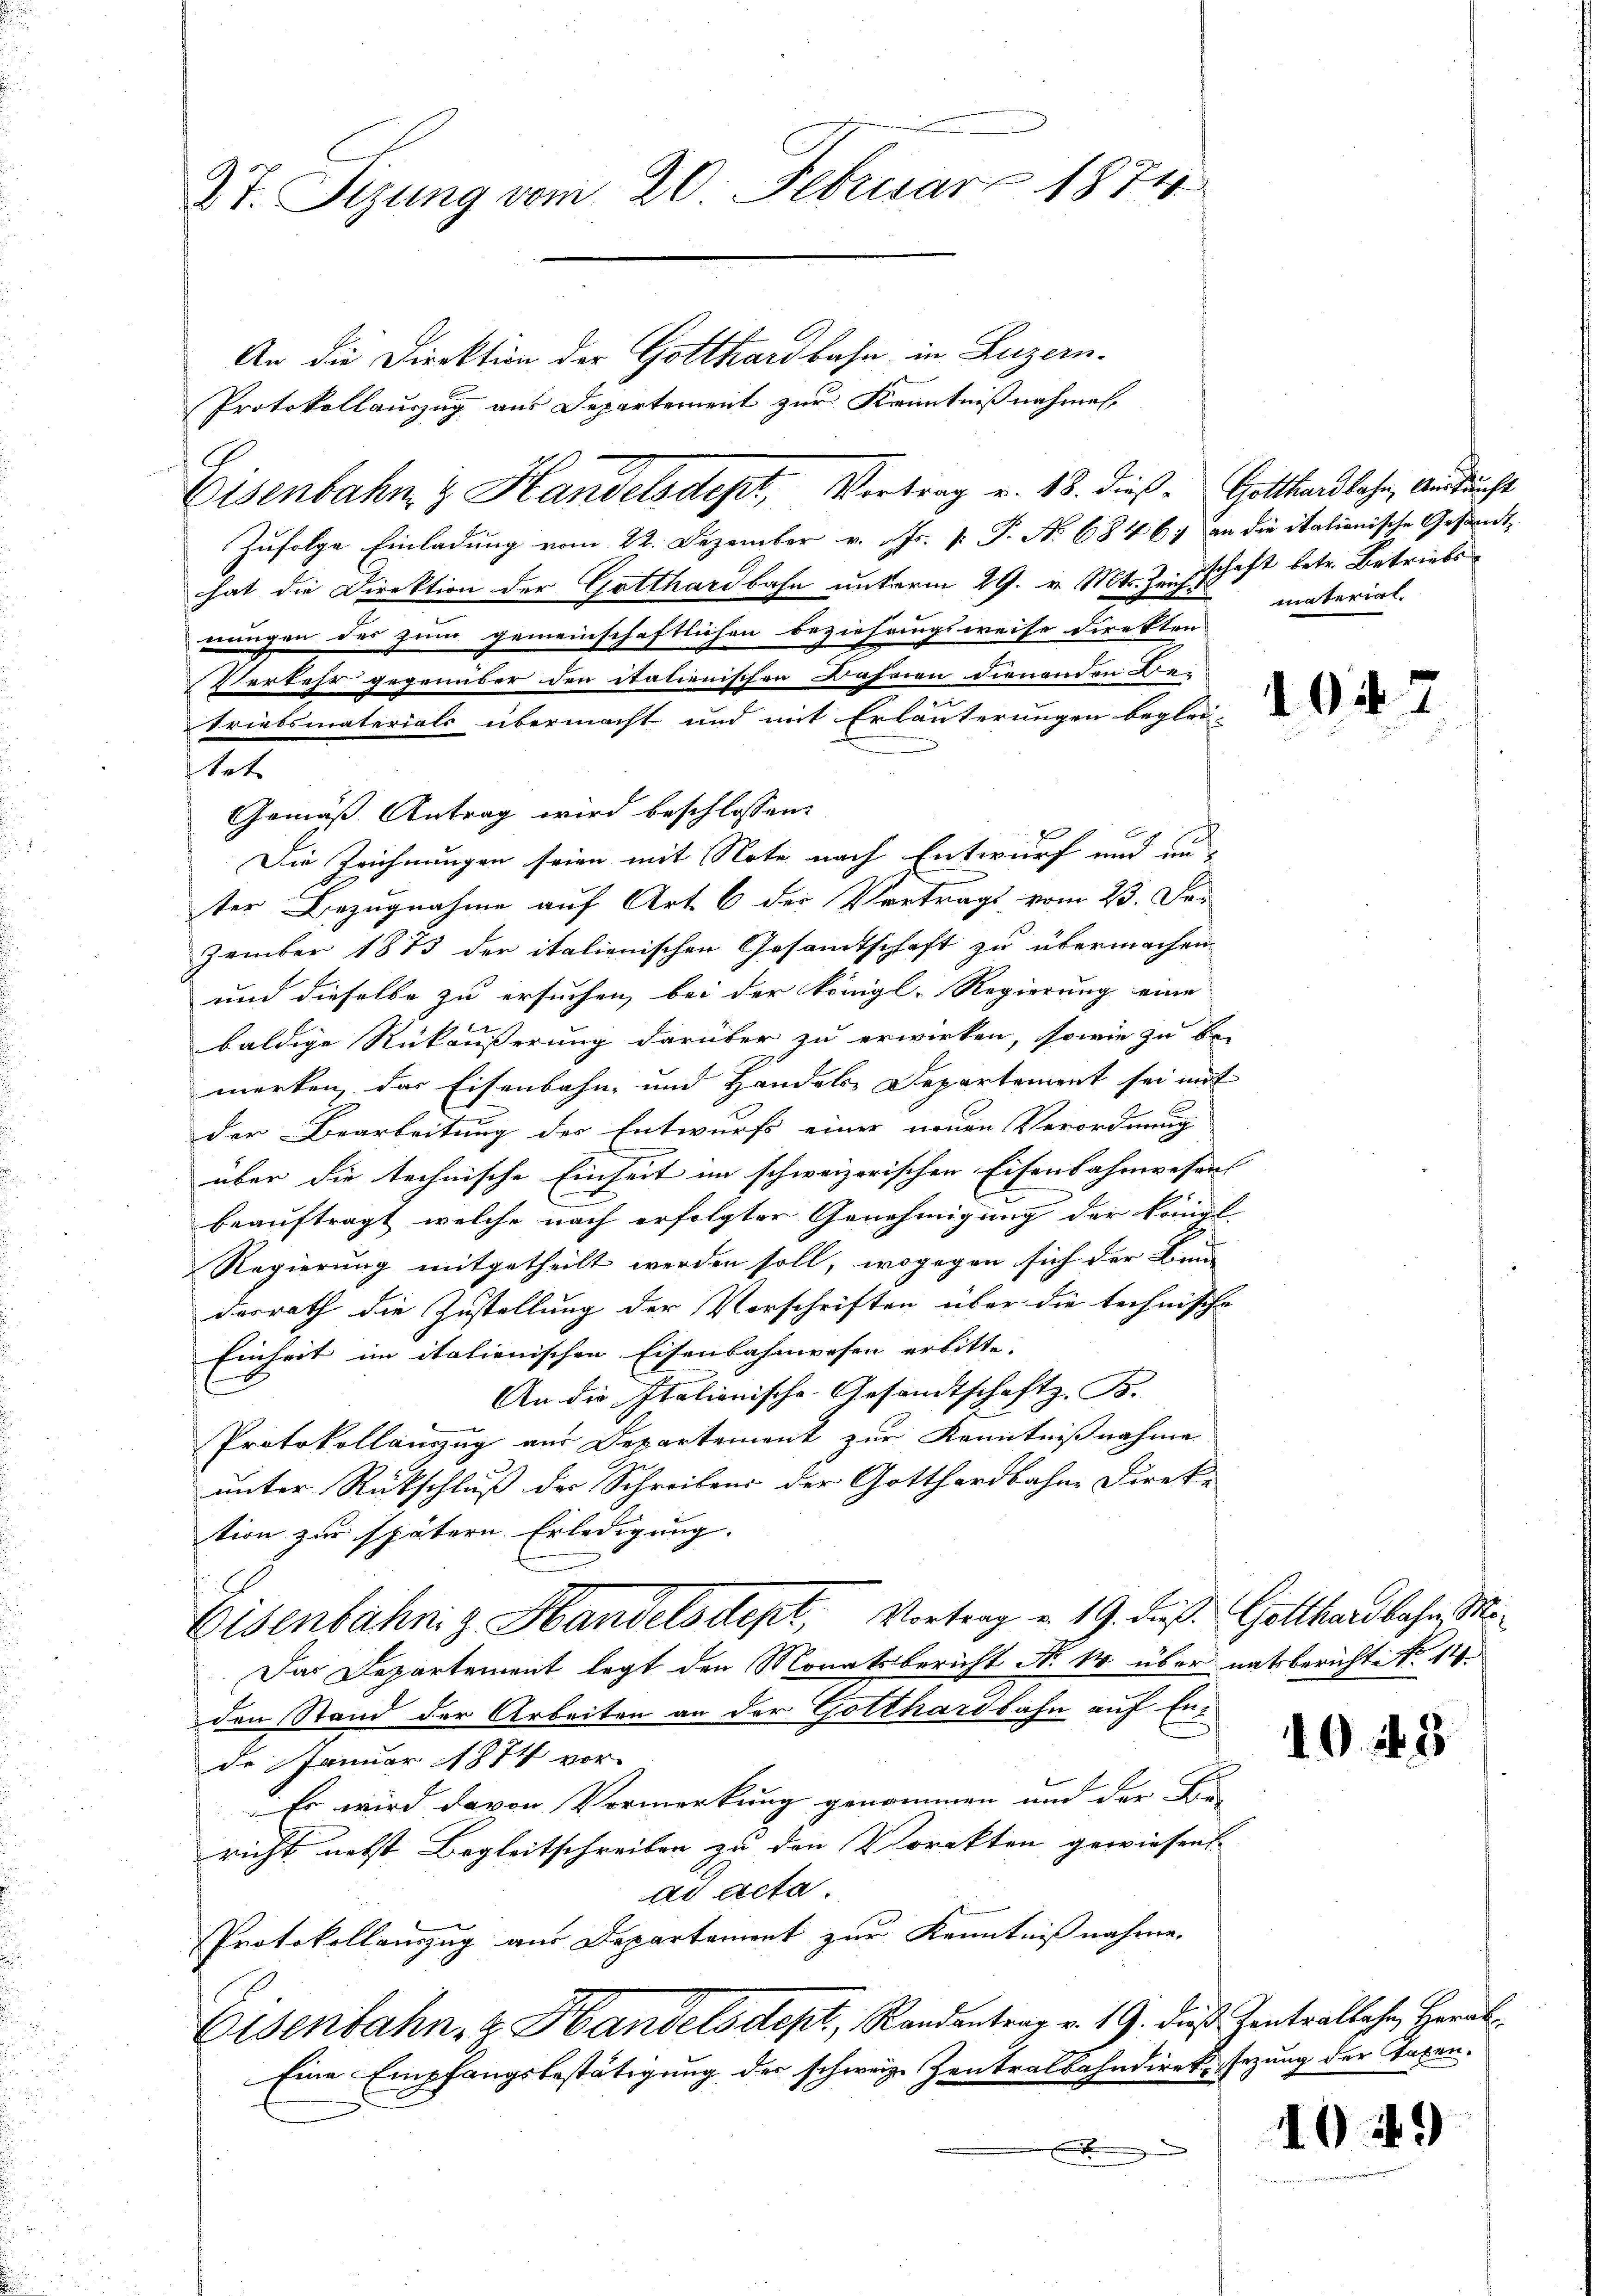
dt. Sitzung vom 20. Februar 1874
An die Direktion der Gotthardbahn in Luzern.
Protokollauszug aus Departement zur Kenntnißnahmen.

stat

Zufolge Einladung vom 22. Dezember v. Js. [: P. No 6846) an die italionische Gesandt-
hat die Direktion der Gotthardbahn unterm 29. v. Mts. Zeichschaft betr. Betriebs
nungen des zum gemeinschaftlichen Beziehungsweise direkten
Verkehr gegenüber den itationischen Jahren dienenden Be-
triatsmateriale übermacht und mit Erläuterungen beglei-
Gemäß Antrag wird beschlossen:
Die Zeichnungen seien mit Note nach Entwurf und unter Bezugnahme auf Art. 6 der Vortrags vom 23. Fer
zember 1873 der italienischen Gesandtschaft zu übermachen
und dieselbe zu ersuchen, bei der Königl. Regierung eine
baldige Rückäusserung darüber zu erwirken, sowie zu be-
merken, das Eisenbahn- und Handels Departement sei mit
der Bearbeitung der Entwurfs einer neuen Verordnung
über die technische Einheit im schweizerischen Eisenbahnwesen
beauftragt, welche nach erfolgter Genehmigung der königl.
Regierung mitgetheilt werden soll, wogegen sich der Lini
desrath die Zustellung der Vorschriften über die technische
Einheit im italienischen Eisenbahnwesen erbitte.
An die Italienische Gesandtschaft z. B.
Protokollauszug aus Departement zur Kenntnißnahme
unter Rückschluß der Schreibens der Gotthardbahne Direk-
tion zur spätern Erledigung. |
Eisenbähnig Handelsdept, Vortrag u. 19. dieß Gotthardbahn Mi¬
Das Departement legt den Monatsbericht No 14 über natsberichte No. 14.
den Stand der Arbeiten an der Gotthardbahn auf Ende Januar 1874 vor-
Es wird davon Vormerkung genommen und der E.
richt nebst Begleitschreiben zu den Vorekten gewiesent.
ad Acta
Protokollauszug aus Departement zur Kenntnißnahme.
Eisenbahn, z. Handelsdept, Randantrag v. 19. dieß Zentratlahn, Herab¬
Eine Empfangsbestätigung der schweiz. Zentralbahndirek sezung der Tagen.
x

Eisenbahn & Handelsdept, Vertrag v. 18. dieß Gotthardbahn, Aufsucht

material.

1048

10 49